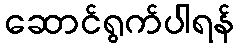
ဆောင်ရွက်ပါရန်